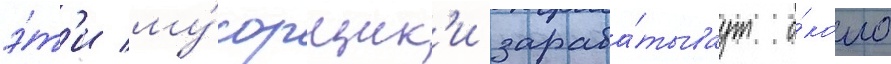
э́т'и му́сорщик'и зараба́тываут о́коло